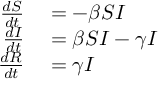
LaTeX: \begin{array} { r l } { { \frac { d S } { d t } } } & { { } = - \beta S I } \\ { { \frac { d I } { d t } } } & { { } = \beta S I - \gamma I } \\ { { \frac { d R } { d t } } } & { { } = \gamma I } \end{array}